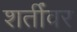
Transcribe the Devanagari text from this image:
शर्तींवर